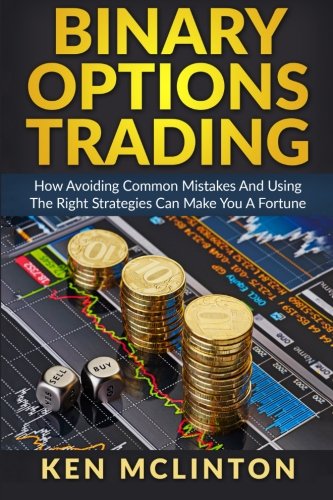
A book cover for Binary Options Trading: How Avoiding Common Mistakes And Using The Right Strategies Can Make You A Fortune (Binary Options Guide) (Volume 3); Ken McLinton; Business & Money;